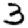
Digit: 3